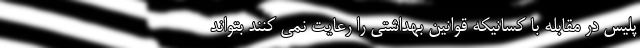
پلیس در مقابله با کسانیکه قوانین بهداشتی را رعایت نمی کنند بتواند